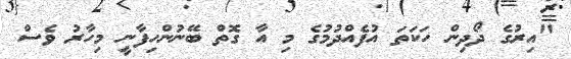
"އިރުގެ ދޯދިން ހަކަތަ އުފެއްދުމުގެ މި އާ ގޮތް ބޭނުންހިފާނީ މިހާރު ވެސް